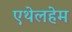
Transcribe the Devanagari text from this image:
एथेलहेम